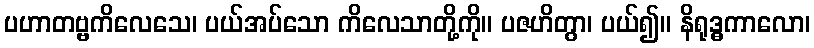
ပဟာတဗ္ဗကိလေသေ၊ ပယ်အပ်သော ကိလေသာတို့ကို။ ပဇဟိတွာ၊ ပယ်၍။ နိရုဒ္ဓကာလော၊